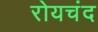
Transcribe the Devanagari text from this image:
रोयचंद